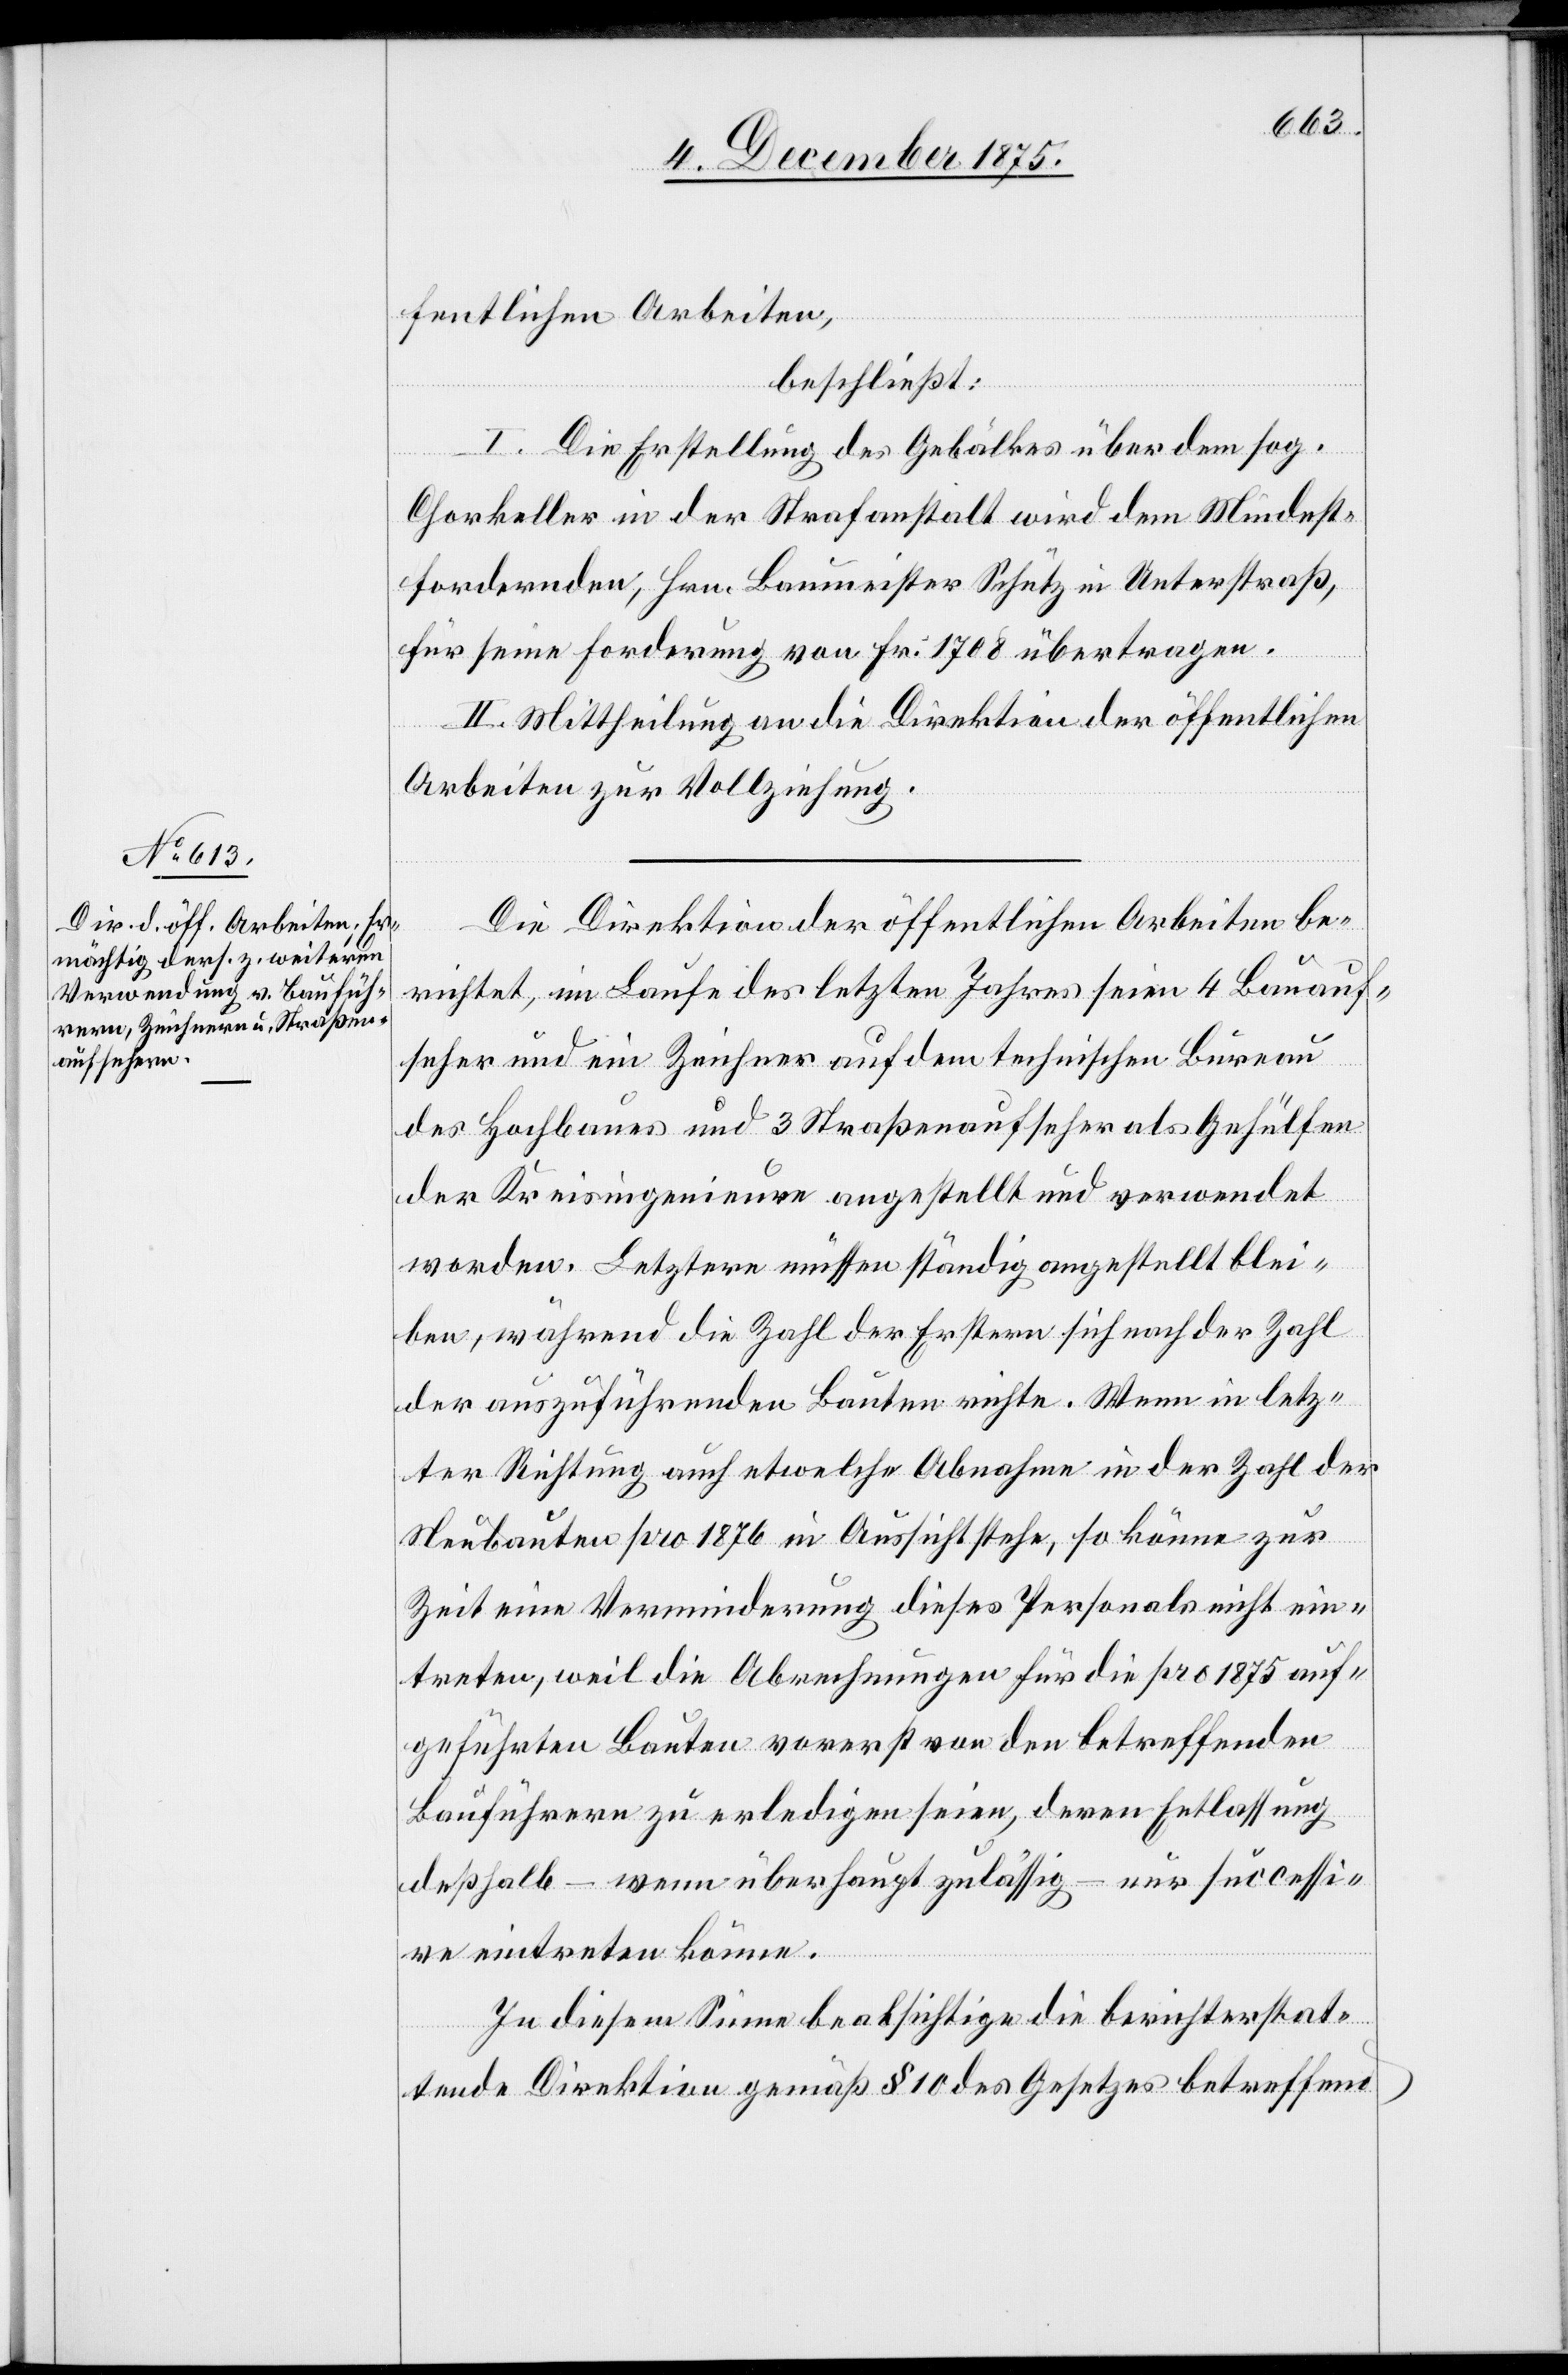
fentlichen Arbeiten,
beschließt:
I. Die Erstellung des Gebälkes über dem sog.
Chorkeller in der Strafanstalt wird dem Mindest¬
fordernden, Hrn. Baumeister Schütz in Unterstraß,
für seine Forderung von Fr. 1708 übertragen.
II. Mittheilung an die Direktion der öffentlichen
Arbeiten zur Vollziehung.
Die Direktion der öffentlichen Arbeiten be¬
richtet, im Laufe des letzten Jahres seien 4 Bauauf¬
seher und ein Zeichner auf dem technischen Bureau
des Hochbaues und 3 Straßenaufseher als Gehülfen
der Kreisingenieure aufgestellt und verwendet
worden. Letztere müssen ständig angestellt blei¬
ben, während die Zahl der Erstern sich nach der Zahl
der auszuführenden Bauten richte. Wenn in letz¬
ter Richtung auch etwelche Abnahme in der Zahl der
Neubauten pro 1876 in Aussicht stehe, so könne zur
Zeit eine Verminderung dieses Personals nicht ein¬
treten, weil die Abrechnungen für die pro 1875 auf¬
geführten Bauten vorerst von den betreffenden
Bauführern zu erledigen seien, deren Entlassung
deßhalb – wenn überhaupt zulässig – nur successi¬
ve eintreten könne.
In diesem Sinne beabsichtige die berichterstat¬
tende Direktion gemäß § 10 des Gesetzes betreffend